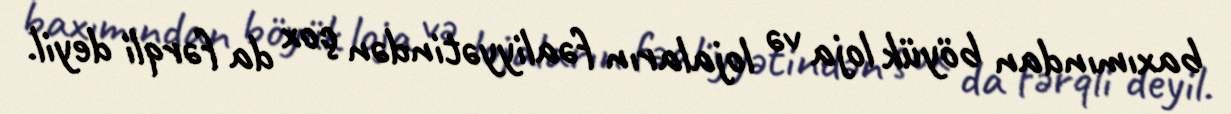
baxımından böyük loja və lojaların fəaliyyətindən çox da fərqli deyil.